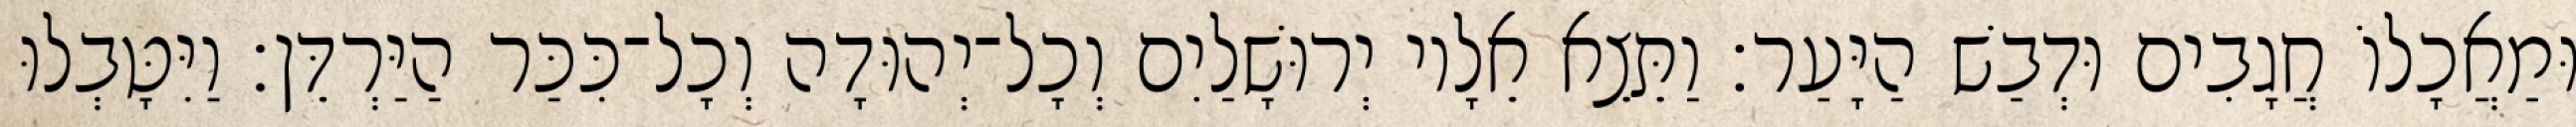
וּמַאֲכָלוֹ חֲגָבִים וּדְבַשׁ הַיָּעַר׃ וַתֵּצֵא אֵלָיו יְרוּשָׁלַיִם וְכָל־יְהוּדָה וְכָל־כִּכַּר הַיַּרְדֵּן׃ וַיִּטָּבְלוּ